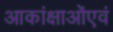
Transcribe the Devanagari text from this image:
आकांक्षाओंएवं